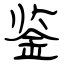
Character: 鉴